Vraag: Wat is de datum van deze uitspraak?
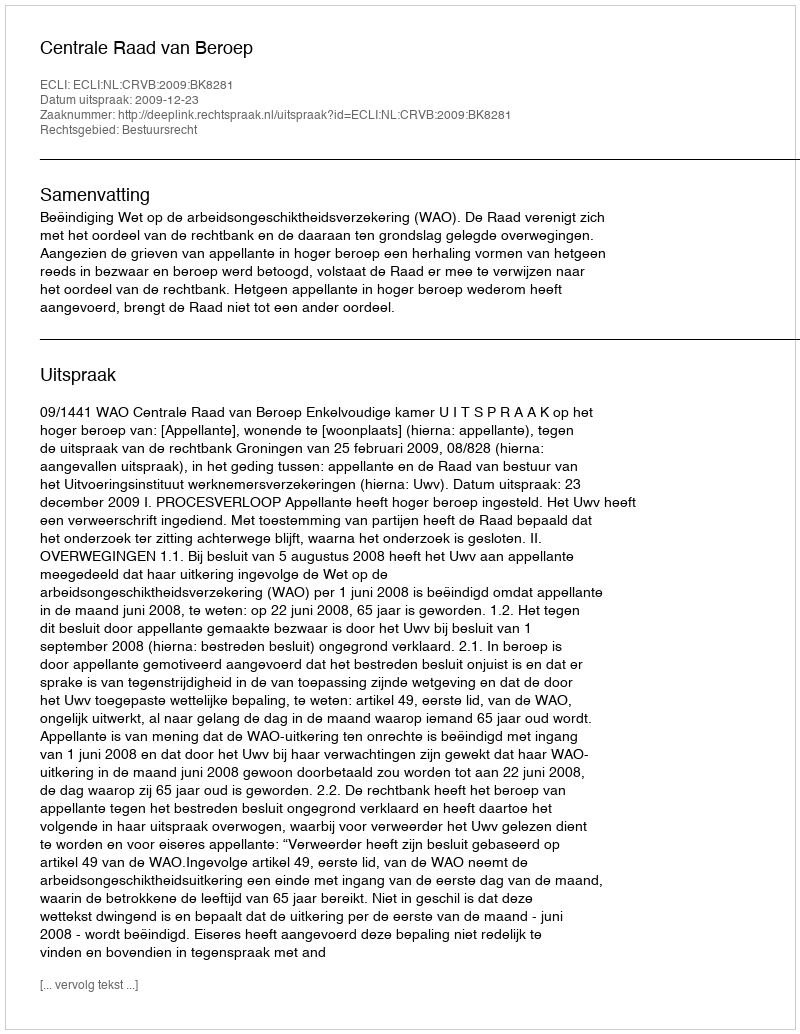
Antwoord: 2009-12-23